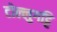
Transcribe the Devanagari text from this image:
टोल्लुगट्टि